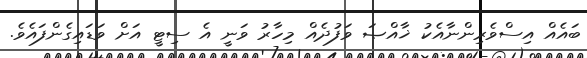
ބައެއް އިސްވެރިންނާއެކު ޚާއްޞަ ވަފުދެއް މިހާރު ވަނީ އެ ސިޓީ އަށް ވަޑައިގެންފައެވެ.